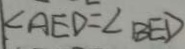
\angle A E D = \angle B E D